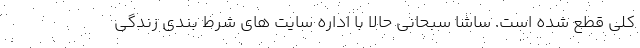
کلی قطع شده است. ساشا سبحانی حالا با اداره سایت های شرط بندی زندگی